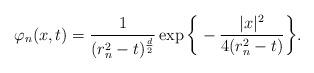
LaTeX: \begin{align*}\varphi_n(x,t) = \frac{1}{(r_n^2-t)^{\frac{d}{2}}} \exp{\bigg\{-\frac{|x|^2}{4(r_n^2 -t)}\bigg\}}.\end{align*}